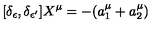
[ \delta _ { \epsilon } , \delta _ { \epsilon ^ { \prime } } ] X ^ { \mu } = - ( a _ { 1 } ^ { \mu } + a _ { 2 } ^ { \mu } )